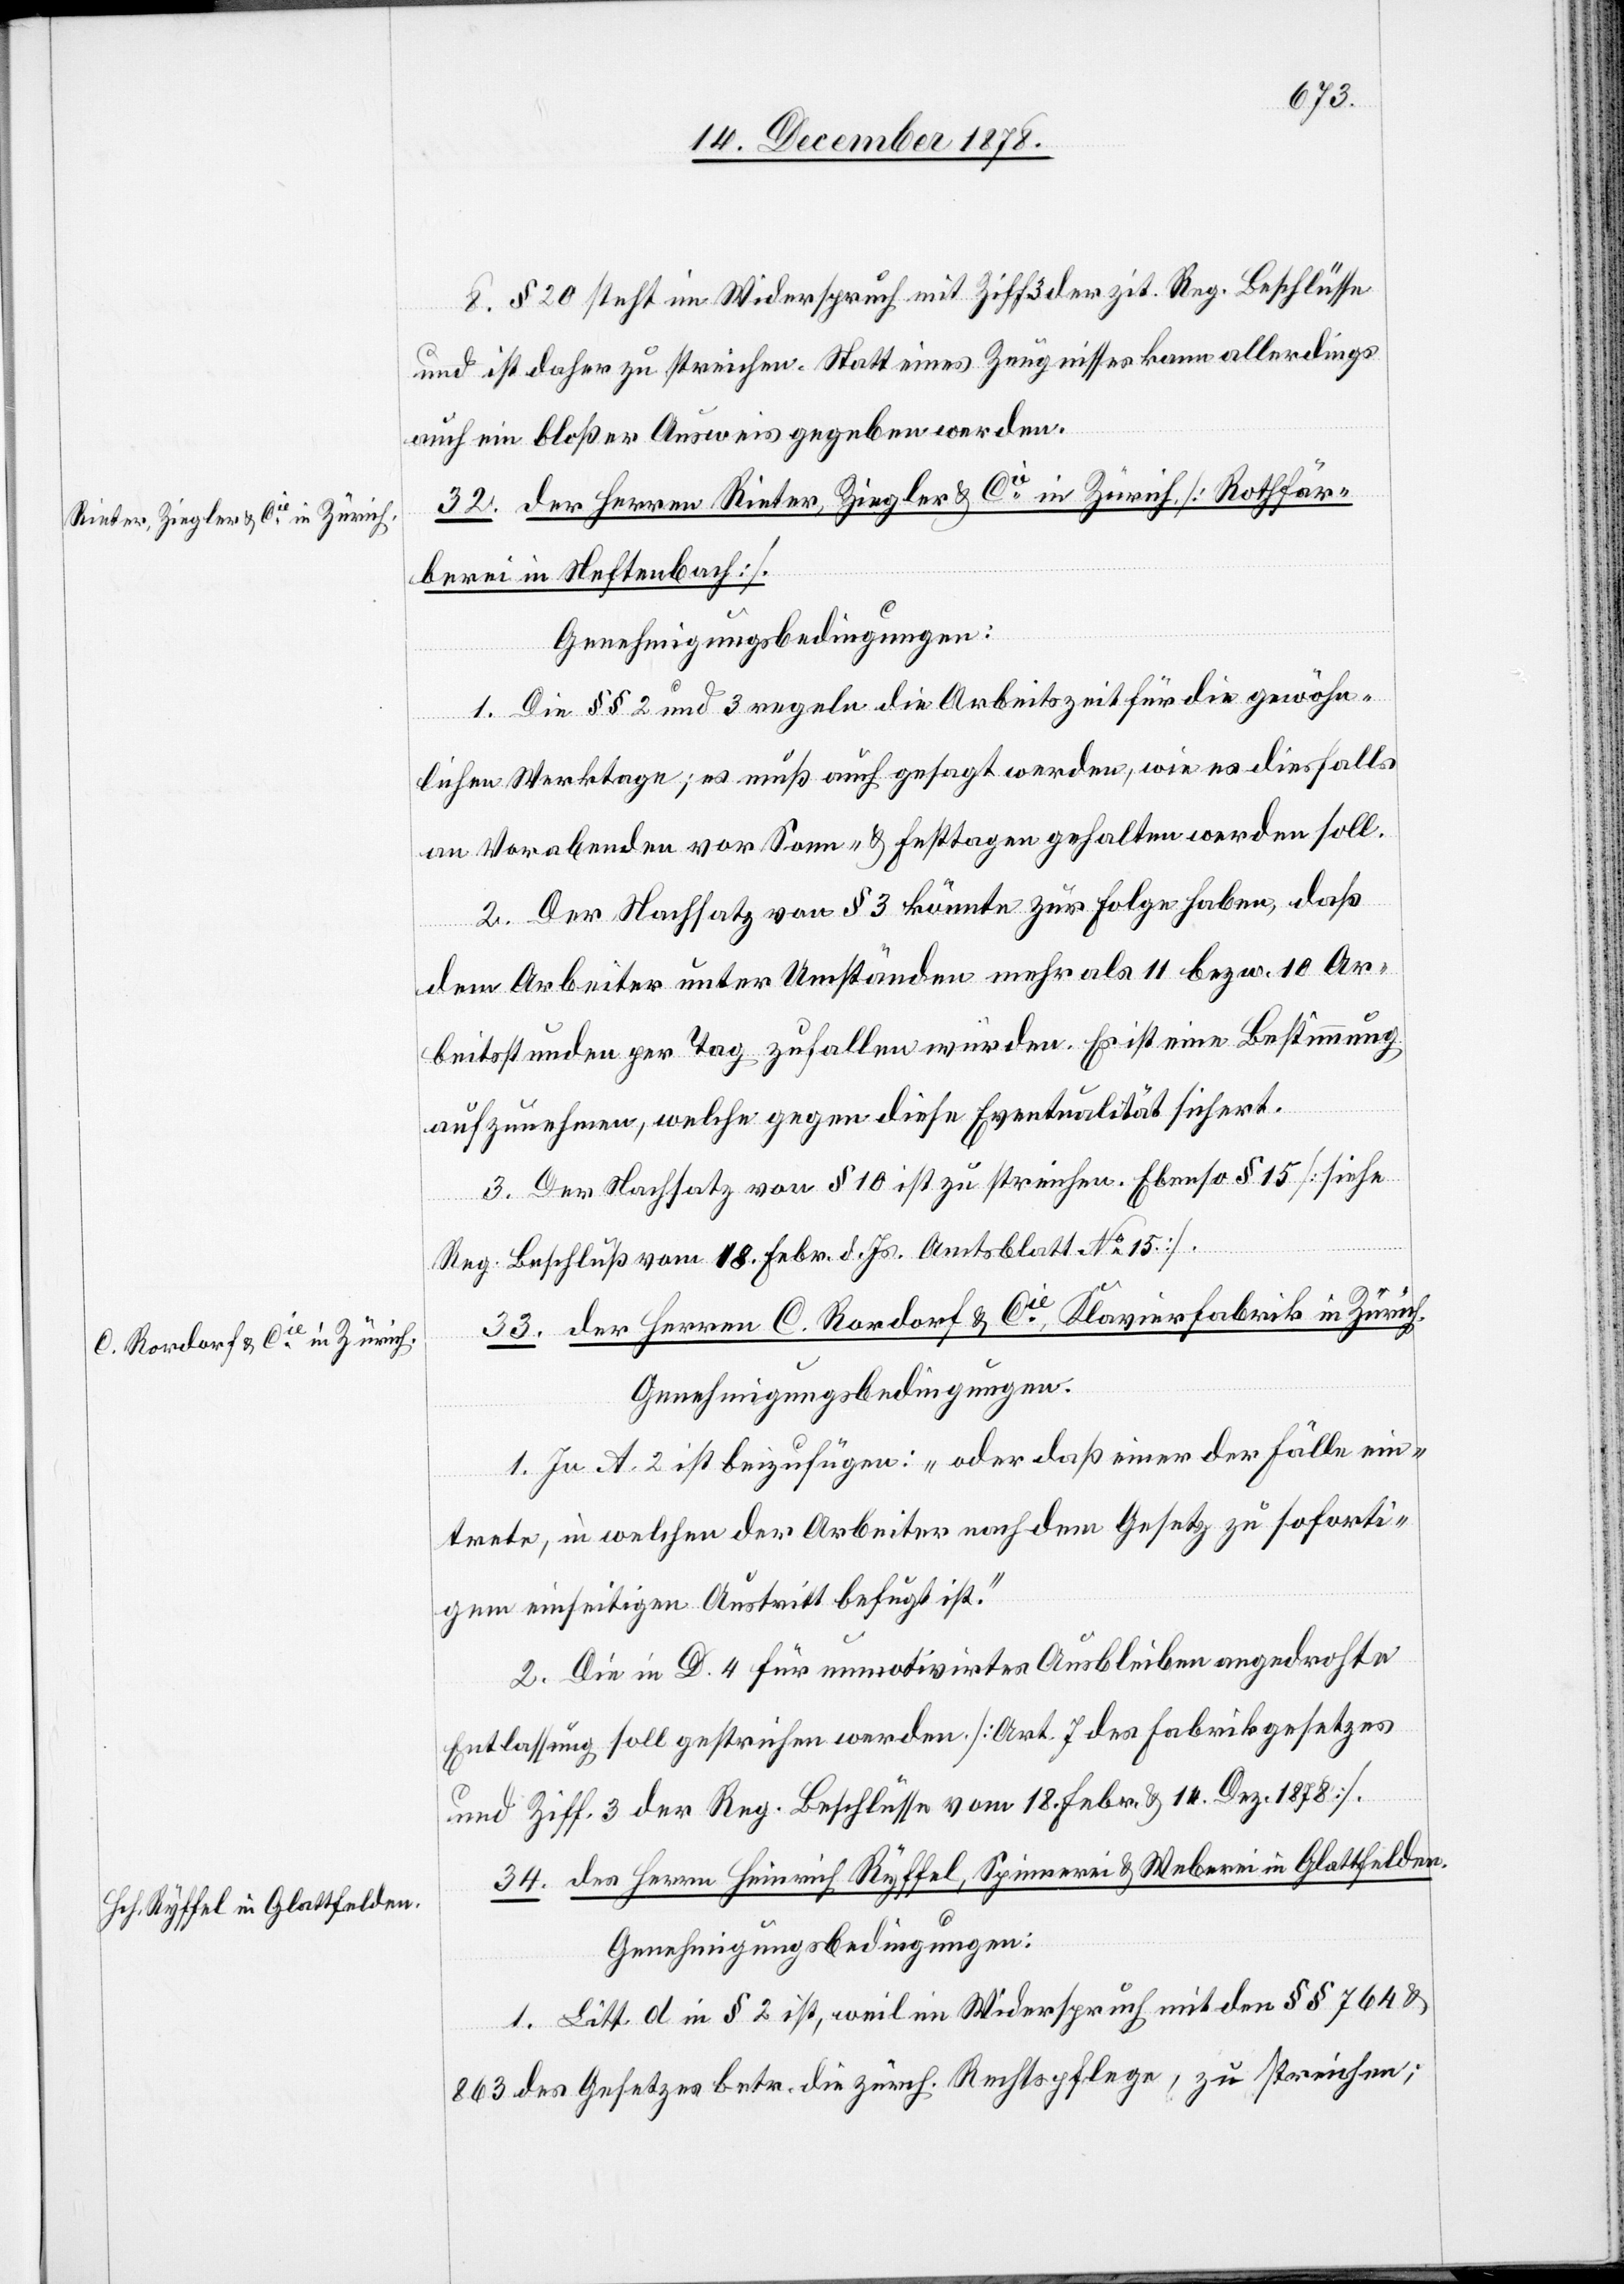
8. § 20 steht im Widerspruch mit Ziff. 3 der zit. Reg. Beschlüsse
und ist daher zu streichen. Statt eines Zeugnisses kann allerdings
auch ein bloßer Ausweis gegeben werden.
32. der Herren Rieter, Ziegler & Cie in Zürich. [Rothfär¬
berei in Neftenbach].
Genehmigungsbedingungen:
1. Die §§ 2 und 3 regeln die Arbeitszeit für die gewöhn¬
lichen Werktage; es muß auch gesagt werden, wie es diesfalls
an Vorabenden vor Sonn- & Festtagen gehalten werden soll.
2. Der Nachsatz von § 3 könnte zur Folge haben, daß
dem Arbeiter unter Umständen mehr als 11 bezw. 10 Ar¬
beitsstunden per Tag zufallen würden. Es ist eine Bestimmung
aufzunehmen, welche gegen diese Eventualität sichert.
3. Der Nachsatz von § 10 ist zu streichen. Ebenso § 15 [siehe
Reg. Beschluss vom 18. Febr. d. Js. Amtsblatt No 15].
33. der Herren C. Rordorf & Cie, Klavierfabrik in Zürich.
1. In A. 2 ist beizufügen: „oder daß einer der Fälle ein¬
trete, in welchen der Arbeiter nach dem Gesetz zu soforti¬
gen einseitigen Austritt befugt ist.“
2. Die in D. 4 für unmotivirtes Ausbleiben angedrohte
Entlassung soll gestrichen werden. [Art. 7 des Fabrikgesetzes
und Ziff. 3 der Reg. Beschlüsse vom 18. Febr. & 14. Dezbr. 1878].
34. des Herren Heinrich Ryffel, Spinnerei & Weberei in Glattfelden.
1. Litt. d in § 2 ist, weil im Widerspruch mit den §§ 764 &
863 des Gesetzes betr. die zürch. Rechtspflege, zu streichen;